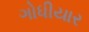
ગોધીયાર